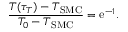
\frac { T ( \tau _ { T } ) - T _ { \mathrm { S M C } } } { T _ { 0 } - T _ { \mathrm { S M C } } } = \mathrm { e } ^ { - 1 } .